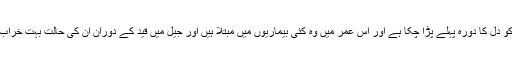
ڈاکٹر خلیل کو دل کا دورہ پہلے پڑا چکا ہے اور اس عمر میں وہ کئی بیماریوں میں مبتلا ہیں اور جیل میں قید کے دوران ان کی حالت بہت خراب ہوگئی ہے۔